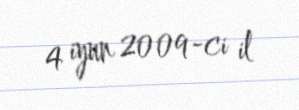
4 iyun 2009-ci il